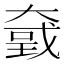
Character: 𡙮